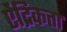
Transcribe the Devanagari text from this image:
ऐंद्रिकता